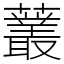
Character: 䕺